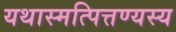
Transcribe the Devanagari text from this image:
यथास्मत्पित्तण्यस्य